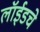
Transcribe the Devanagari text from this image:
लॉईडचे